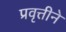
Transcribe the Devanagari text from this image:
प्रवृत्तीने